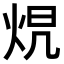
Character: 𤈋